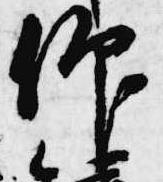
仰